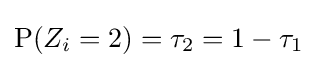
\operatorname {P} (Z_{i}=2)=\tau _{2}=1-\tau _{1}